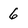
Character: 6